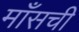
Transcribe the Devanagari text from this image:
माँसची